Civil Veterinary Dept. Bombay admin report 1932-41 - 1932-1941
Year: 1932
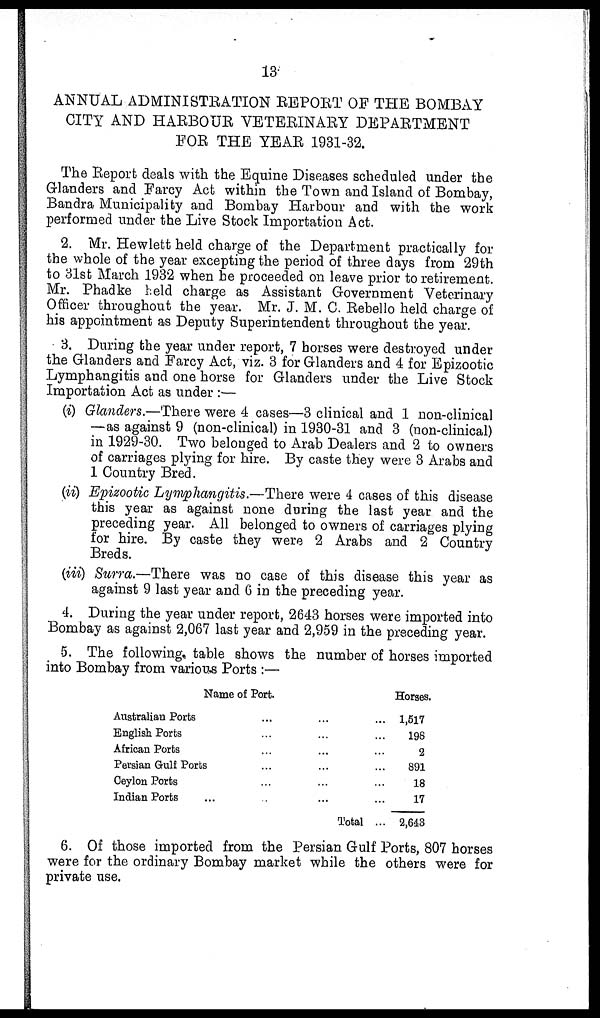
13
ANNUAL ADMINISTRATION REPORT OF THE BOMBAY
CITY AND HARBOUR VETERINARY DEPARTMENT
FOR THE YEAR 1931-32.
The Report deals with the Equine Diseases scheduled under the
Glanders and Farcy Act within the Town and Island of Bombay,
Bandra Municipality and Bombay Harbour and with the work
performed under the Live Stock Importation Act.
2. Mr. Hewlett held charge of the Department practically for
the whole of the year excepting the period of three days from 29th
to 31st March 1932 when he proceeded on leave prior to retirement.
Mr. Phadke held charge as Assistant Government Veterinary
Officer throughout the year. Mr. J. M. C. Rebello held charge of
his appointment as Deputy Superintendent throughout the year.
3. During the year under report, 7 horses were destroyed under
the Glanders and Farcy Act, viz. 3 for Glanders and 4 for Epizootic
Lymphangitis and one horse for Glanders under the Live Stock
Importation Act as under :—
(i) Glanders.—There were 4 cases—3 clinical and 1 non-clinical
—as against 9 (non-clinical) in 1930-31 and 3 (non-clinical)
in 1929-30. Two belonged to Arab Dealers and 2 to owners
of carriages plying for hire. By caste they were 3 Arabs and
1 Country Bred.
(ii) Epizootic Lymphangitis.—There were 4 cases of this disease
this year as against none during the last year and the
preceding year. All belonged to owners of carriages plying
for hire. By caste they were 2 Arabs and 2 Country
Breds.
(iii) Surra.—There was no case of this disease this year as
against 9 last year and 6 in the preceding year.
4. During the year under report, 2643 horses were imported into
Bombay as against 2,067 last year and 2,959 in the preceding year.
5. The following table shows the number of horses imported
into Bombay from various Ports :—
Name of Port.
Australian Ports
...
...
...
English Ports ... ... ...
African Ports
...
... ...
Persian Gulf Ports ... ... ...
Ceylon Ports ... ... ...
Indian Ports ... ... ... ...
Total ...
Horses.
1,517
198
2
891
18
17
2,643
6. Of those imported from the Persian Gulf Ports, 807 horses
were for the ordinary Bombay market while the others were for
private use.